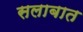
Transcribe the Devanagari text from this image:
सलाबात